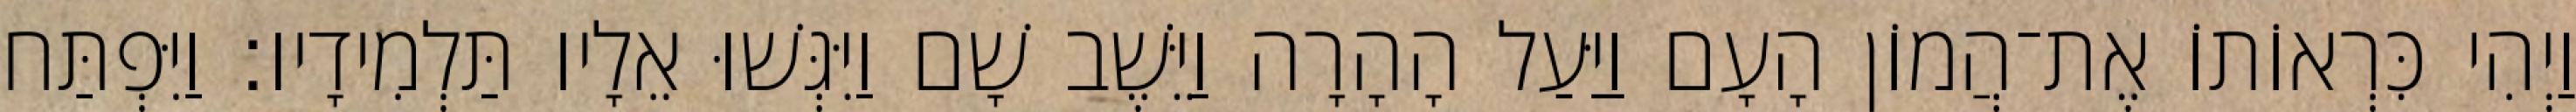
וַיְהִי כִּרְאוֹתוֹ אֶת־הֲמוֹן הָעָם וַיַּעַל הָהָרָה וַיֵּשֶׁב שָׁם וַיִּגְּשׁוּ אֵלָיו תַּלְמִידָיו׃ וַיִּפְתַּח